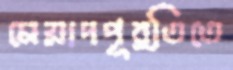
মেয়াদপূর্তিতে